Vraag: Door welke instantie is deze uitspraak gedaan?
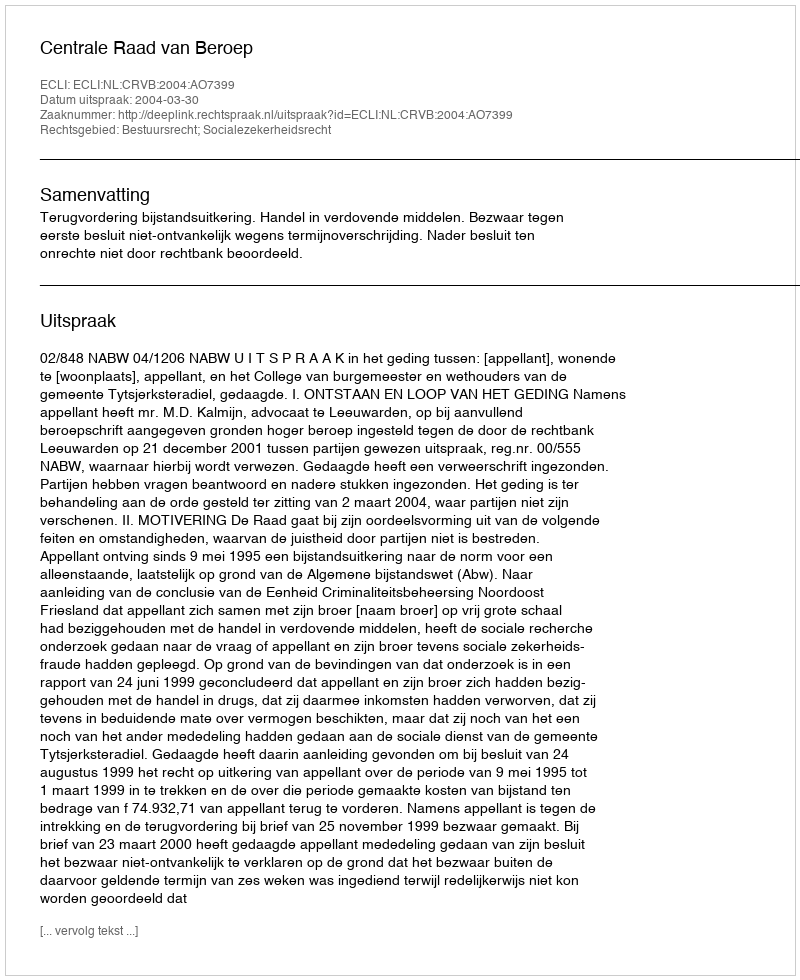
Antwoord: Centrale Raad van Beroep